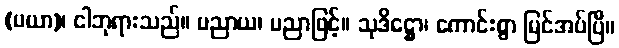
(မယာ)၊ ငါဘုရားသည်။ ပညာယ၊ ပညာဖြင့်။ သုဒိဋ္ဌော၊ ကောင်းစွာ မြင်အပ်ပြီ။